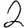
Digit: 2